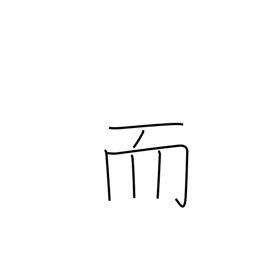
Meaning: and then